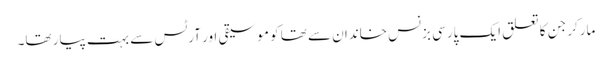
مارکر جن کا تعلق ایک پارسی بزنس خاندان سے تھا کو موسیقی اور آرٹس سے بہت پیار تھا۔